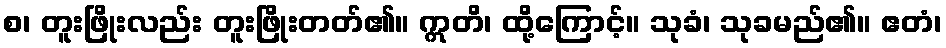
စ၊ တူးဖြိုးလည်း တူးဖြိုးတတ်၏။ ဣတိ၊ ထို့ကြောင့်။ သုခံ၊ သုခမည်၏။ ဧတံ၊